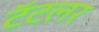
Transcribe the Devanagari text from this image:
टॅटलर